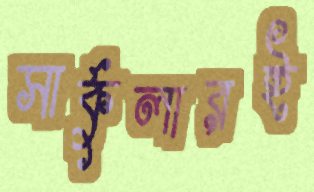
সার্কুলারই